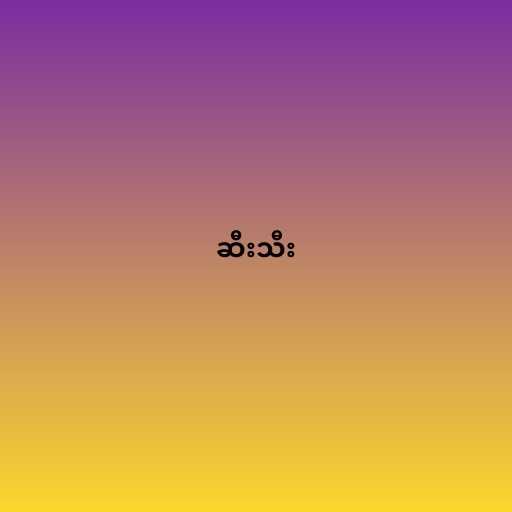
ဆီးသီး